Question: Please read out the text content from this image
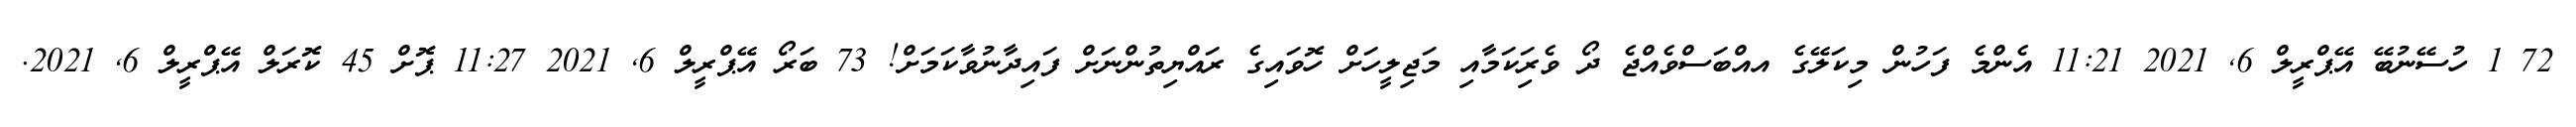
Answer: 72 1 ހުސޭނުބޭ އޭޕްރީލް 6, 2021 11:21 އެންމެ ފަހުން މިކަލޭގެ އއްބަސްވެއްޖެ ދޯ ވެރިަކަމާއި މަޖިލީހަށް ހޮވައިގެ ރައްޔިތުންނަށް ފައިދާނުވާކަމަށް! 73 ބަރޯ އޭޕްރީލް 6, 2021 11:27 ޕޮށް 45 ކޮރަލް އޭޕްރީލް 6, 2021.